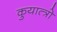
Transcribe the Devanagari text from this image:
कुयात्त्रो